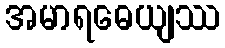
အမာရဓေယျဿ